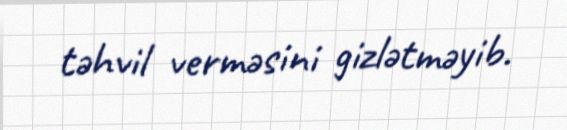
təhvil verməsini gizlətməyib.